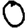
Digit: 0